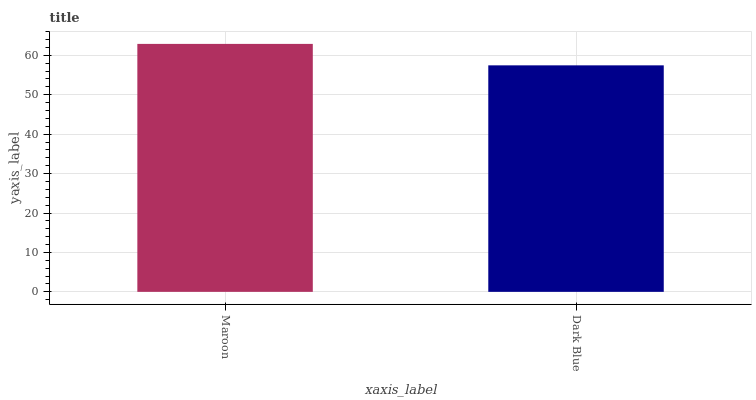
| xaxis_label | bars |
 | --- | --- |
 | Maroon | 62.9 |
 | Dark Blue | 57.5 |